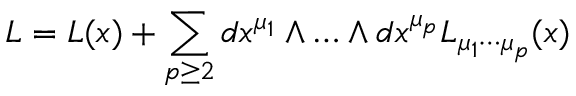
L = L ( x ) + \sum _ { p \ge 2 } d x ^ { \mu _ { 1 } } \wedge \ldots \wedge d x ^ { \mu _ { p } } L _ { \mu _ { 1 } \cdots \mu _ { p } } ( x )